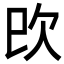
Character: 㰝